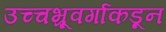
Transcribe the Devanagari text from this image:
उच्चभ्रूवर्गाकडून